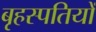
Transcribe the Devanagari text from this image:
बृहस्पतियों